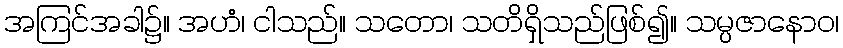
အကြင်အခါ၌။ အဟံ၊ ငါသည်။ သတော၊ သတိရှိသည်ဖြစ်၍။ သမ္ပဇာနောဝ၊